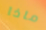
ماذا